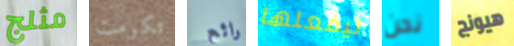
مثلج تكرمت رائع ليفعلها نحن هيونج